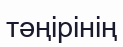
тәңірінің